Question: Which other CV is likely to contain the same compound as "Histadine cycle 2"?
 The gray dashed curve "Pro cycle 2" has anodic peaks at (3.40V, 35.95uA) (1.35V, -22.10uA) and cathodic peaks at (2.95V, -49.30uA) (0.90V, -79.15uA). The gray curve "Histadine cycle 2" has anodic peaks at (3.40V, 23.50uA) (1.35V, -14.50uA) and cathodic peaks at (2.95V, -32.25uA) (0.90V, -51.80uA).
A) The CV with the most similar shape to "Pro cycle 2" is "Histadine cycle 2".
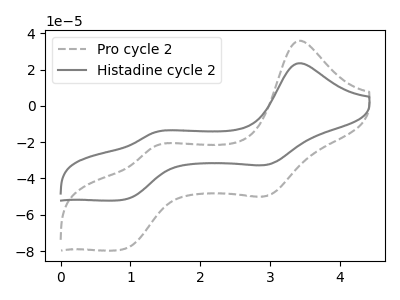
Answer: <think>All the peaks in "Pro cycle 2" have a peak in "Histadine cycle 2" at the same potential.
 </think>
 <answer>A) The CV with the most similar shape to "Pro cycle 2" is "Histadine cycle 2".</answer>
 <eval>A</eval>